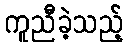
ကူညီခဲ့သည့်